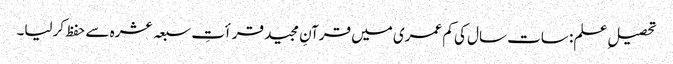
تحصیلِ علم: سات سال کی کم عمری میں قرآنِ مجید قرأتِ سبعہ عشرہ سے حفظ کرلیا۔